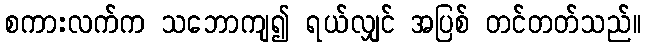
စကားလက်က သဘောကျ၍ ရယ်လျှင် အပြစ် တင်တတ်သည်။